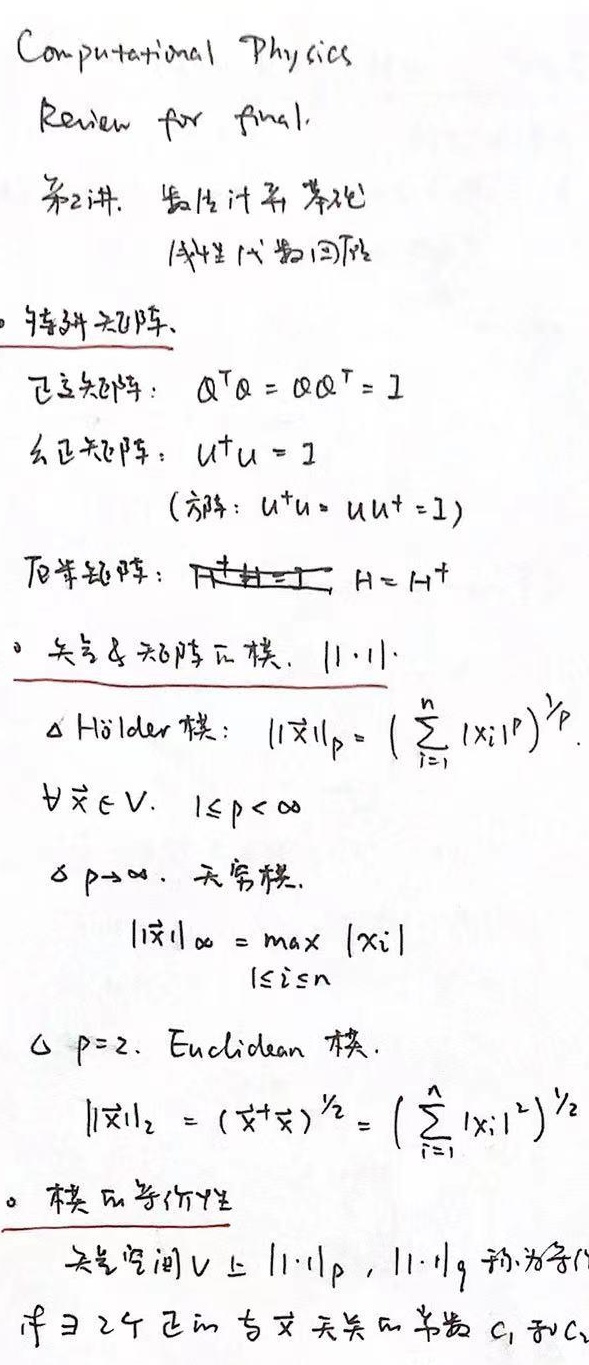
Computational Physics

Review for final.

第2讲. 数值计算基础
(线性代数回顾)

- 特殊矩阵
  - 正交矩阵：$A^TA = AA^T = I$
  - 幺正矩阵：$U^\dagger U = I$
    (方阵：$U^\dagger U = UU^\dagger = I$)
  - 厄米矩阵：$H^\dagger = H$

- 矢量 & 矩阵范数. $\|\cdot\|$
  - $\Delta$ Hölder 模：$\|\vec{x}\|_p = \left(\sum_{i = 1}^{n}|x_i|^p\right)^{\frac{1}{p}}$
  $\forall \vec{x}\in V, 1\leq p < \infty$
  - $\delta$ $p\to\infty$，无穷模.
    $\|\vec{x}\|_{\infty} = \max_{1\leq i\leq n}|x_i|$
  - $\triangle$ $p = 2$，Euclidean 模.
    $\|\vec{x}\|_2 = (\vec{x}^\dagger\vec{x})^{\frac{1}{2}}=\left(\sum_{i = 1}^{n}|x_i|^2\right)^{\frac{1}{2}}$

- 模的等价性
  - 矢量空间$V$上$\|\cdot\|_p,\|\cdot\|_q$称为等价
  若$\exists 2$个正的与$x$无关的常数$C_1$和$C_2$